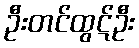
ဦးတင်ထွဋ်ဦး